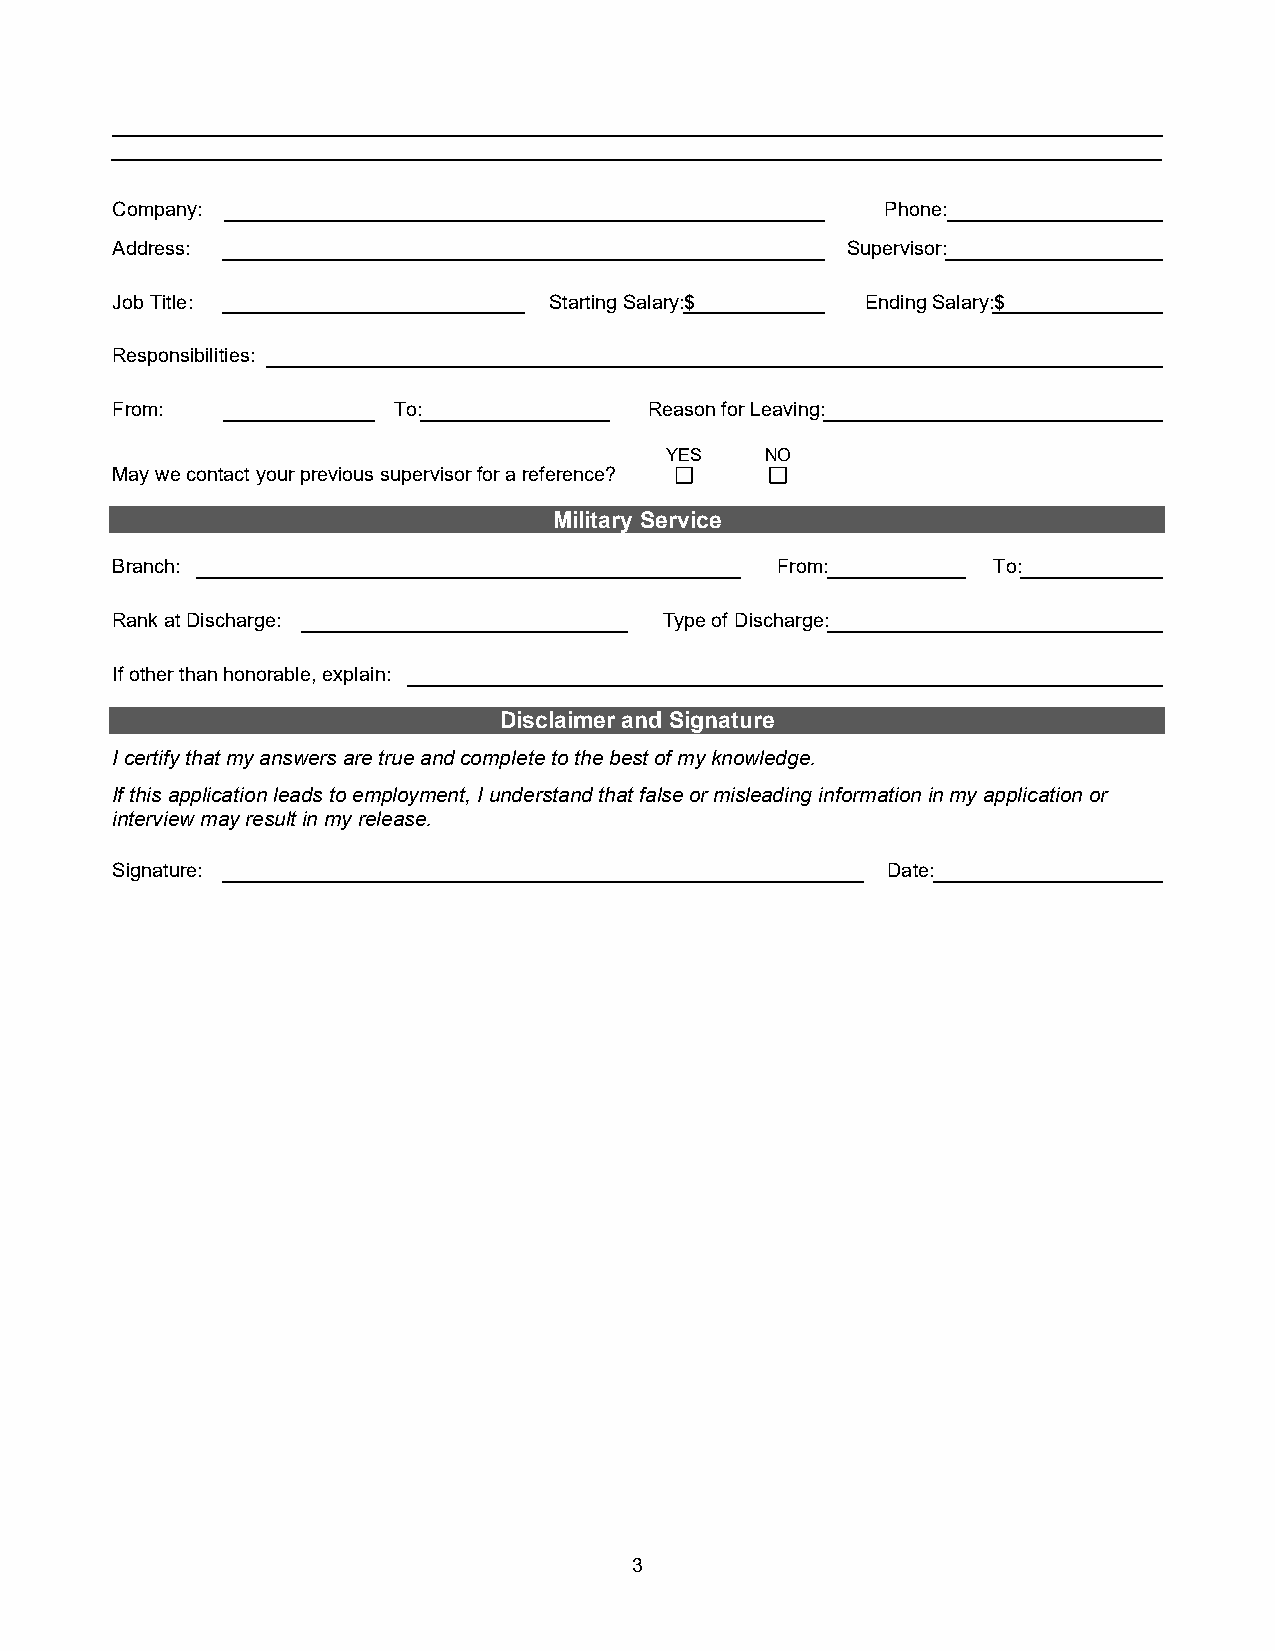
Company:                                            Phone:
 Address:                                         Supervisor:
 Job Title:                   Starting Salary: $   Ending Salary: $
 Responsibilities:
 From:              To:              Reason for Leaving:
 YES    NO
 May we contact your previous supervisor for a reference?
 Military Service
 Branch:                                     From:          To:
 Rank at Discharge:                   Type of Discharge:
 If other than honorable, explain:
 Disclaimer and Signature
 I certify that my answers are true and complete to the best of my knowledge.
 If this application leads to employment, I understand that false or misleading information in my application or
 interview may result in my release.
 Signature:                                          Date:
 3